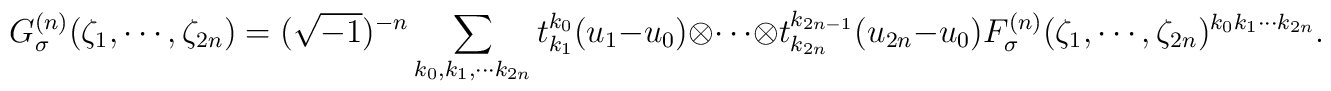
G^{(n)}_\sigma (\zeta_1 , \cdots , \zeta_{2n})=(\sqrt{-1})^{-n}\sum_{k_0 , k_1 , \cdots k_{2n}} t^{k_0}_{k_1} (u_1 -u_0 ) \otimes \cdots \otimes t^{k_{2n-1}}_{k_{2n}} (u_{2n}-u_0 ) F^{(n)}_\sigma (\zeta_1 , \cdots , \zeta_{2n})^{k_0 k_1 \cdots k_{2n}}.